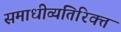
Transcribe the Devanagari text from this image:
समाधीव्यतिरिक्त